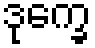
ဒုက္ခေ